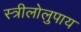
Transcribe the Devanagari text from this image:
स्त्रीलोलुपाय